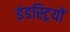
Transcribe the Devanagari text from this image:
इंडस्ट्रियों